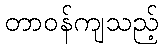
တာဝန်ကျသည့်